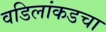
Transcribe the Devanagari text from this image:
वडिलांकडचा